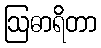
ဩဓာရိတာ